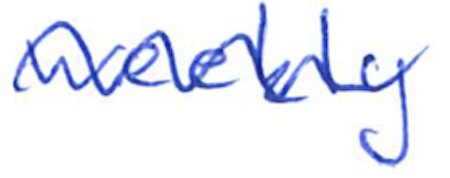
Text: weekly
Cross-out: wave
Writing tool: ballpoint